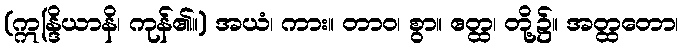
(ဣန္ဒြိယာနိ၊ ကုန်၏။) အယံ၊ ကား။ တာဝ၊ စွာ။ ဧတ္ထ၊ တို့၌။ အတ္ထတော၊